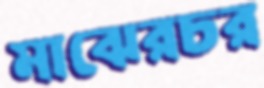
মাঝেরচর